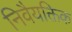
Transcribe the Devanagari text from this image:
निवैयक्तिक